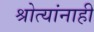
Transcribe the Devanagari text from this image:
श्रोत्यांनाही